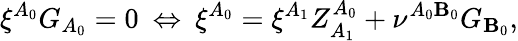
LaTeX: \xi^{A_{0}}G_{A_{0}}=0\: \Leftrightarrow\: \xi^{A_{0}}=\xi^{A_{1}}Z_{A_{1}}^{A_{0}}+\nu^{A_{0}\mathbf{B}_{0}}G_{\mathbf{B}_{0}},